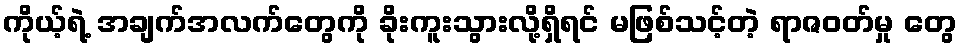
ကိုယ့်ရဲ့ အချက်အလက်တွေကို ခိုးကူးသွားလို့ရှိရင် မဖြစ်သင့်တဲ့ ရာဇဝတ်မှု တွေ